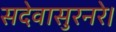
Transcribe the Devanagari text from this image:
सदेवासुरनरे।